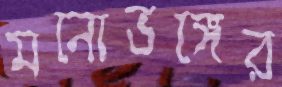
মনোভঙ্গের